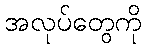
အလုပ်တွေကို